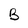
Character: B